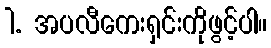
1. အပလီကေးရှင်းကိုဖွင့်ပါ။